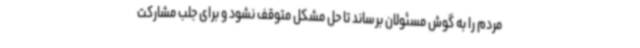
مردم را به گوش مسئولان برساند تا حل مشکل متوقف نشود و برای جلب مشارکت